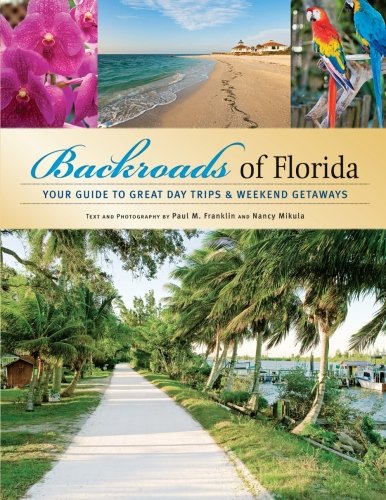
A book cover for Backroads of Florida: Your Guide to Great Day Trips & Weekend Getaways; Nancy Joyce Mikula; Arts & Photography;